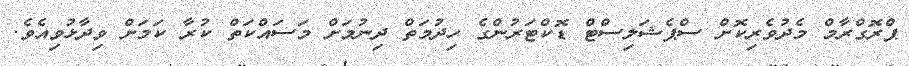
ޕްރޮގްރާމް މެދުވެރިކޮށް ސްޕެޝަލިސްޓް ޑޮކްޓަރުންގެ ހިދުމަތް ދިނުމަށް މަސައްކަތް ކުރާ ކަމަށް ވިދާޅުވިއެވެ.